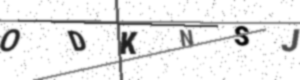
Text: ODKNSJ